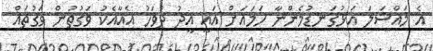
އެ މައްސަލަ އަޅުގަނޑުމެންނާ ހަމައަށް އައީ އީދު ދުވަހު އެއާއެކު ވަގުތުން ވަގުތައް